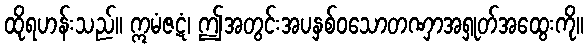
ထိုရဟန်းသည်။ ဣမံဇဋံ၊ ဤအတွင်းအပနှစ်ဝသောတဏှာအရှုတ်အထွေးကို။